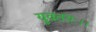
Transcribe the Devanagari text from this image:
युवतयः।।